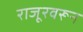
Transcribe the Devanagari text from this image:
राजूरवरून